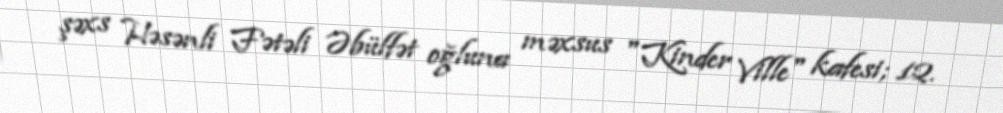
şəxs Həsənli Fətəli Əbülfət oğluna məxsus "Kinder Ville" kafesi; 12.